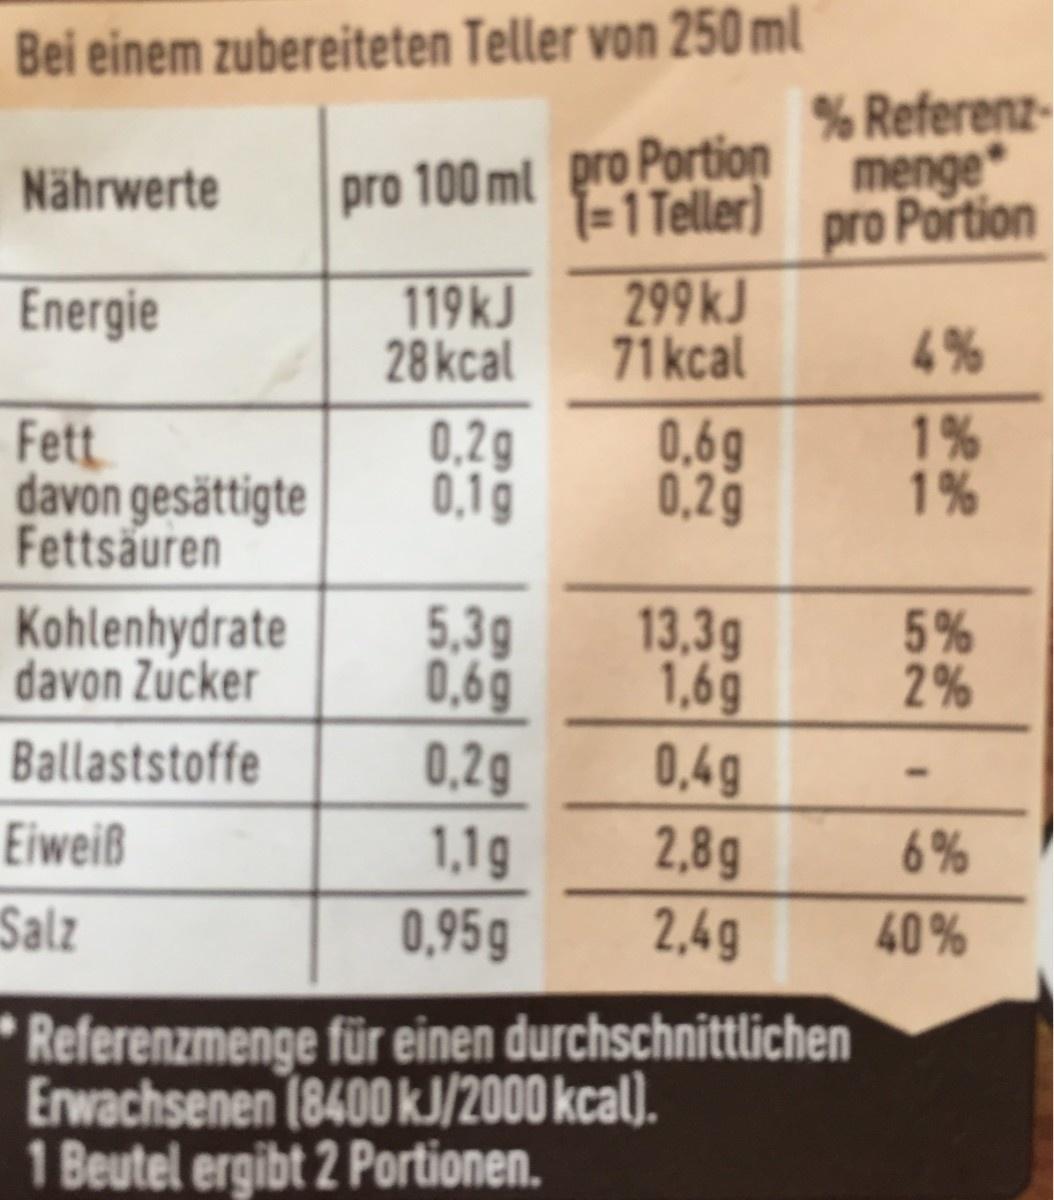
Bei einem zubereiteten Teller von 250 ml pro 100 ml pro Portion T=1 Teller) % Referenz- menge pro Portion Nährwerte Energie 119kJ 28kcal 299KJ 71kcal 4% Fett davon gesättigte Fettsäuren 0,2g 0,1g 0,69 0,29 1% 1% 5,3g 0,69 0,2g 1,1g 0,95g Kohlenhydrate davon Zucker 13,3g 1,6g 0,4g 2,8g 2,4g 2% Ballaststoffe Eiweiß 6% Salz 40% * Referenzmenge für einen durchschnittlichen Erwachsenen (8400 kJ/2000 kcal). 1 Beutel ergibt 2 Portionen. 52 3D